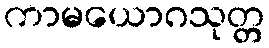
ကာမယောဂသုတ္တ